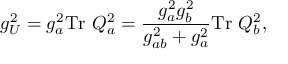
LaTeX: g _ { U } ^ { 2 } = g _ { a } ^ { 2 } \mathrm { T r } ~ Q _ { a } ^ { 2 } = { \frac { g _ { a } ^ { 2 } g _ { b } ^ { 2 } } { g _ { a b } ^ { 2 } + g _ { a } ^ { 2 } } } \mathrm { T r } ~ Q _ { b } ^ { 2 } ,